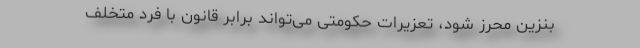
بنزین محرز شود، تعزیرات حکومتی می‌تواند برابر قانون با فرد متخلف